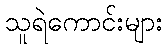
သူရဲကောင်းများ